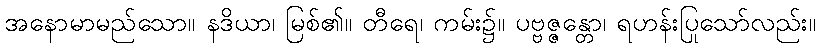
အနောမာမည်သော။ နဒိယာ၊ မြစ်၏။ တီရေ၊ ကမ်း၌။ ပဗ္ဗဇ္ဇန္တော၊ ရဟန်းပြုသော်လည်း။